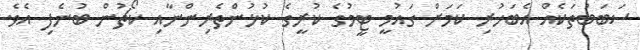
ސަބަބުތަކެއް އެބަހުރި ކަމަށް ގައުމީ ޓީމުގެ ކުރީގެ ކުޅުންތެރިންނާއި ކޯޗުން ބުނެފި އެވެ.